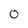
Character: 0